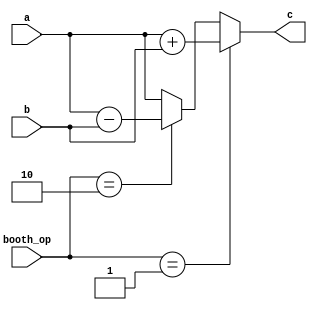
`timescale 1ns / 1ps
//////////////////////////////////////////////////////////////////////////////////
// Company: 
// Engineer: 
// 
// Design Name: 
// Module Name:    adder_sub 
// Project Name: 
// Target Devices: 
// Tool versions: 
// Description: 
//
// Dependencies: 
//
// Revision: 
// Revision 0.01 - File Created
// Additional Comments: 
//
//////////////////////////////////////////////////////////////////////////////////
module adder_sub(input [1:0] booth_op, input [15:0] a,b,output [15:0] c
    );
assign c = booth_op == 2'b01 ? a+b:
			  booth_op == 2'b10 ? a-b:
			  a;
endmodule